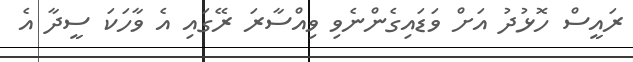
ރައީސް ހޮޅުދު އަށް ވަޑައިގެންނެވި ވިއްސާރަ ރޭގައި އެ ވާހަކަ ސީދާ އެ